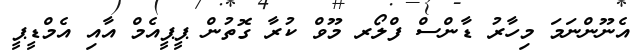
އެނޫންނަމަ މިހާރު ޑާންސް ފްލޯރ މޫވް ކުރާ ގޮތުން ޕީޕީއެމް އާއި އެމްޑީޕީ